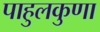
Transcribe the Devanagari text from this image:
पाहुलकुणा